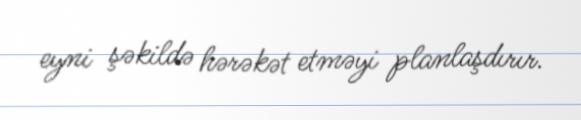
eyni şəkildə hərəkət etməyi planlaşdırır.